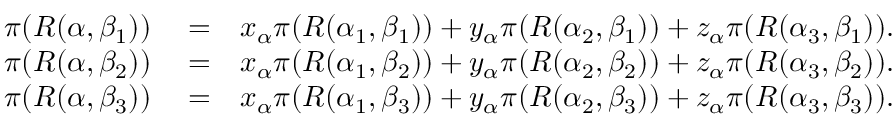
\begin{array} { r l r } { \pi ( R ( \alpha , \beta _ { 1 } ) ) } & { { } = } & { x _ { \alpha } \pi ( R ( \alpha _ { 1 } , \beta _ { 1 } ) ) + y _ { \alpha } \pi ( R ( \alpha _ { 2 } , \beta _ { 1 } ) ) + z _ { \alpha } \pi ( R ( \alpha _ { 3 } , \beta _ { 1 } ) ) . } \\ { \pi ( R ( \alpha , \beta _ { 2 } ) ) } & { { } = } & { x _ { \alpha } \pi ( R ( \alpha _ { 1 } , \beta _ { 2 } ) ) + y _ { \alpha } \pi ( R ( \alpha _ { 2 } , \beta _ { 2 } ) ) + z _ { \alpha } \pi ( R ( \alpha _ { 3 } , \beta _ { 2 } ) ) . } \\ { \pi ( R ( \alpha , \beta _ { 3 } ) ) } & { { } = } & { x _ { \alpha } \pi ( R ( \alpha _ { 1 } , \beta _ { 3 } ) ) + y _ { \alpha } \pi ( R ( \alpha _ { 2 } , \beta _ { 3 } ) ) + z _ { \alpha } \pi ( R ( \alpha _ { 3 } , \beta _ { 3 } ) ) . } \end{array}